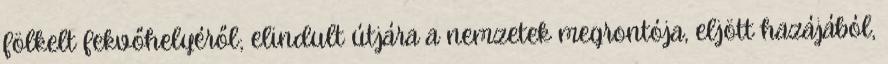
fölkelt fekvőhelyéről; elindult útjára a nemzetek megrontója, eljött hazájából,